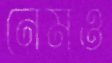
নেমও